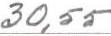
30,55